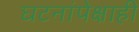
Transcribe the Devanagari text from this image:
घटनांपेक्षाही